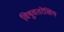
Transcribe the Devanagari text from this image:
विषुवतरेखिय